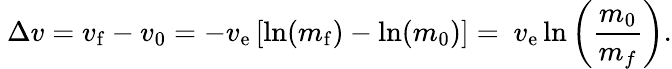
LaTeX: ~\Delta v=v_{\mathrm{f}}-v_{0}=-v_{\mathrm{e}}\left[\ln(m_{\mathrm{f}})-\ln(m_{0})\right]=~v_{\mathrm{e}}\ln\left({\frac{m_{0}}{m_{f}}}\right).